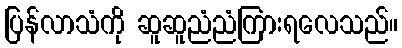
ပြန်လာသံကို ဆူဆူညံညံကြားရလေသည်။